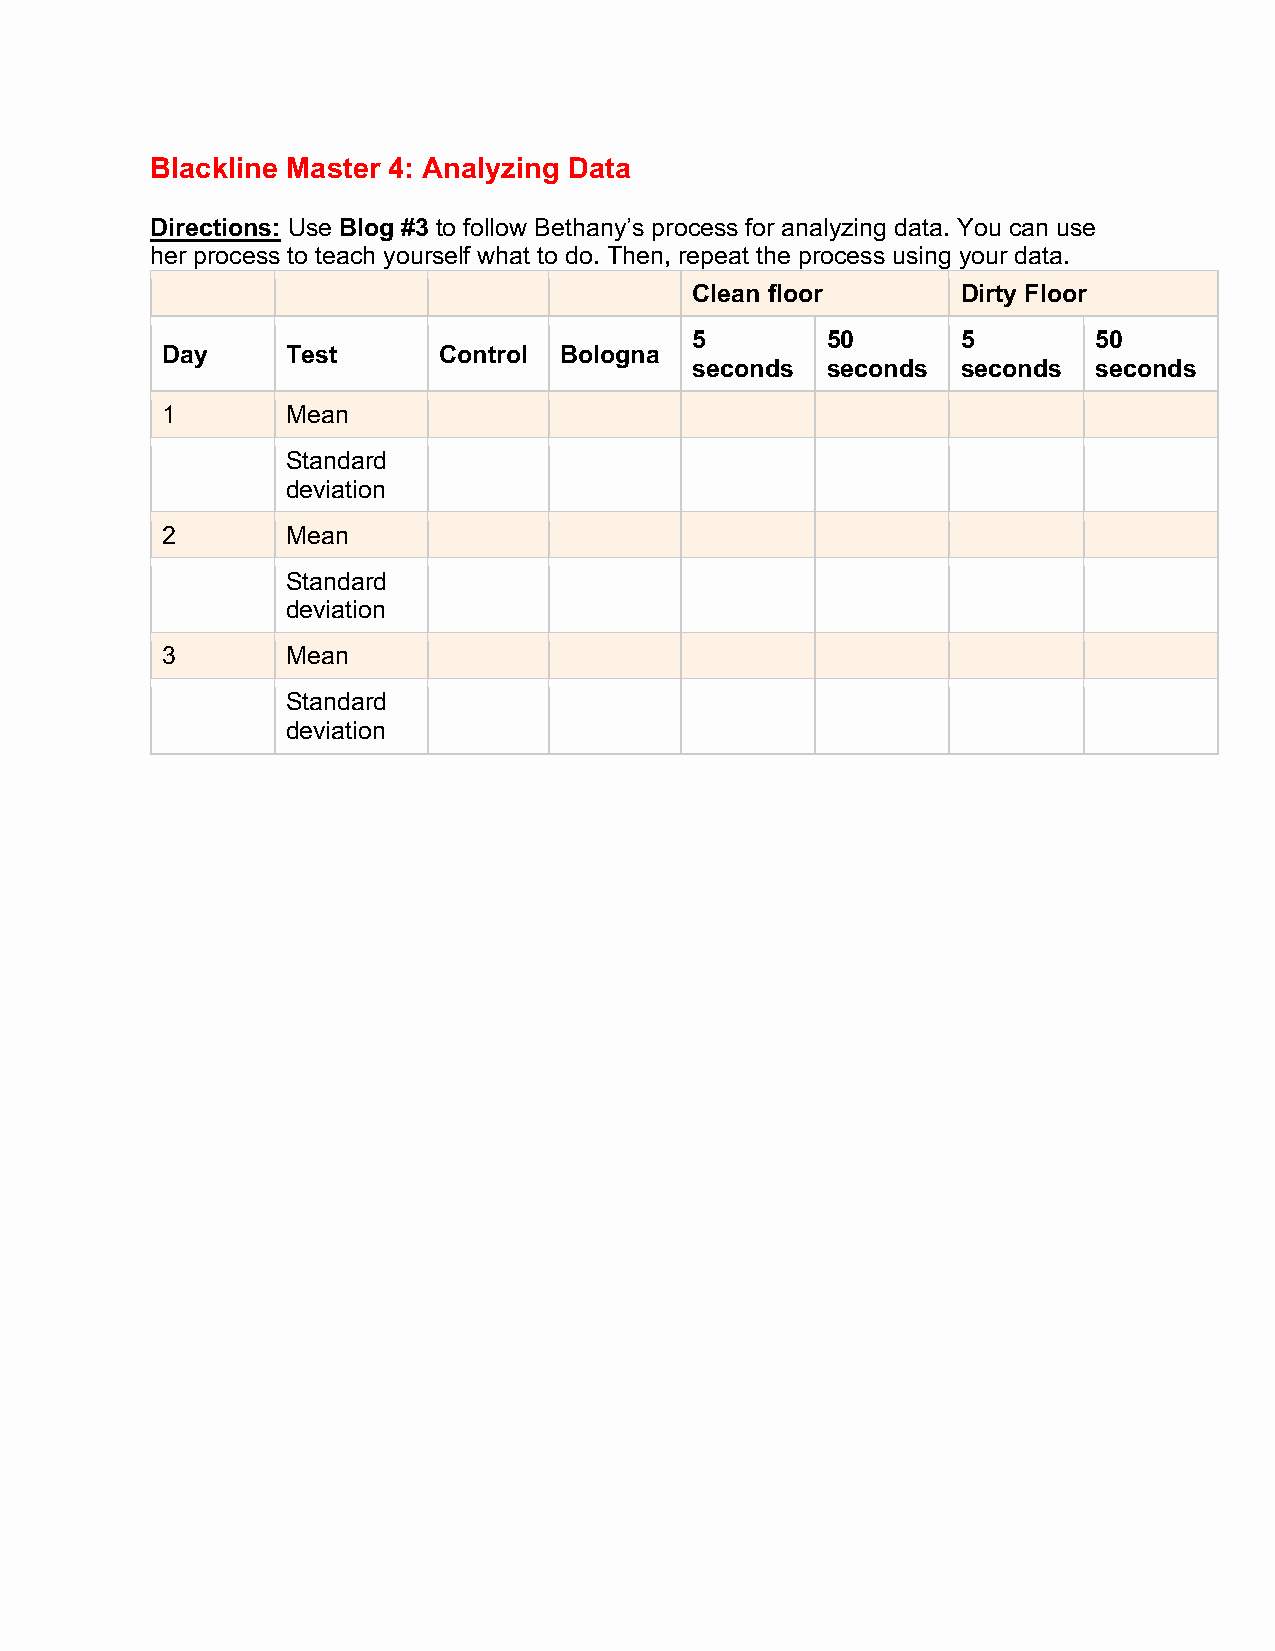
Blackline Master 4: Analyzing Data
 Directions: Use Blog #3 to follow Bethany’s process for analyzing data. You can use
 her process to teach yourself what to do. Then, repeat the process using your data.
 Clean floor       Dirty Floor
 5        50       5       50
 Day     Test      Control Bologna
 seconds  seconds  seconds seconds
 1       Mean
 Standard
 deviation
 2       Mean
 Standard
 deviation
 3       Mean
 Standard
 deviation